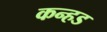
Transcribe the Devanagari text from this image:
कन्हड